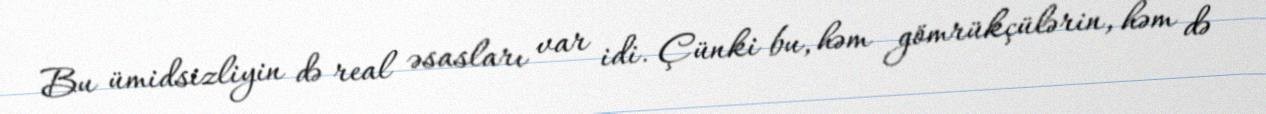
Bu ümidsizliyin də real əsasları var idi. Çünki bu, həm gömrükçülərin, həm də